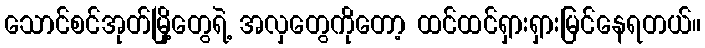
သောင်စင်အုတ်မြို့တွေရဲ့ အလှတွေကိုတော့ ထင်ထင်ရှားရှားမြင်နေရတယ်။